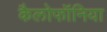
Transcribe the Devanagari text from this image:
कैलोफॉनिया